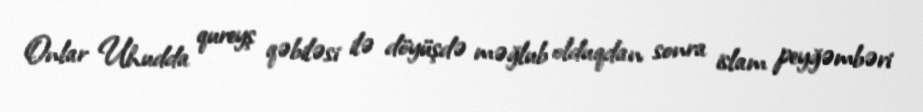
Onlar Uhudda qureyş qəbiləsi ilə döyüşdə məğlub olduqdan sonra islam peyğəmbəri